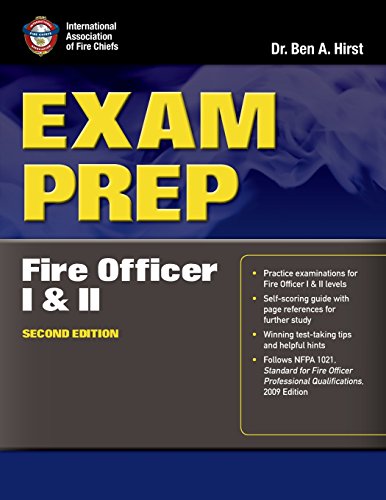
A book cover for Exam Prep: Fire Officer I  &  II (Exam Prep (Jones & Bartlett Publishers)); Dr.  Ben Hirst, Performance Training Systems; Test Preparation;